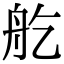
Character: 𦨏